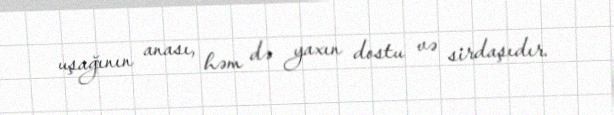
uşağının anası, həm də yaxın dostu və sirdaşıdır.